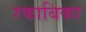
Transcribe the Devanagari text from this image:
रकाबिका